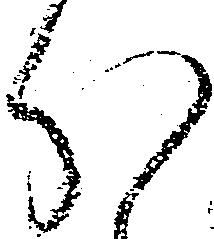
分